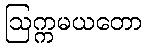
ဩက္ကမယတော